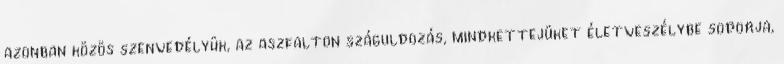
azonban közös szenvedélyük, az aszfalton száguldozás, mindkettejüket életveszélybe sodorja,